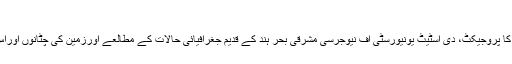
ماضی کی تشریح، مستقبل کی پیش گوئی
رَٹگَرس یونیورسٹی میں شیتل پاؤلو گوداد کا پروجیکٹ، دی اسٹیٹ یونیورسٹی آف نیوجرسی مشرقی بحر ہند کے قدیم جغرافیائی حالات کے مطالعے اورزمین کی چٹانوں اوراس کے کیمیائی مطالعے پر توجہ دیتا ہے۔